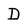
Character: D